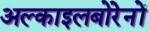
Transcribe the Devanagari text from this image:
अल्काइलबोरेनों